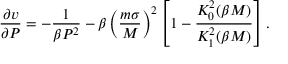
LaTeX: \frac { \partial v } { \partial P } = - \frac { 1 } { \beta P ^ { 2 } } - \beta \left( \frac { m \sigma } { M } \right) ^ { 2 } \left[ 1 - \frac { K _ { 0 } ^ { 2 } ( \beta M ) } { K _ { 1 } ^ { 2 } ( \beta M ) } \right] .